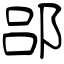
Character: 郘